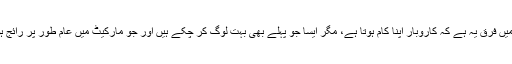
کاروبار یعنی بزنس، اور انٹرپرینیورشپ میں فرق یہ ہے کہ کاروبار اپنا کام ہوتا ہے، مگر ایسا جو پہلے بھی بہت لوگ کر چکے ہیں اور جو مارکیٹ میں عام طور پر رائج ہوتا ہے، جیسے کپڑوں کی دکان کھول لینا۔